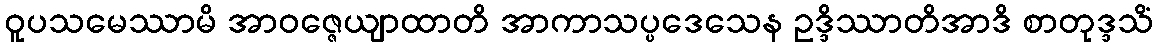
ဝူပသမေဿာမိ အာဝဇ္ဇေယျာထာတိ အာကာသပ္ပဒေသေန ဥဒ္ဒိဿာတိအာဒိ စာတုဒ္ဒသိံ